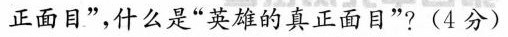
正面目”，什么是”英雄的真正面目”?(4分)